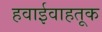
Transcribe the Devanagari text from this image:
हवाईवाहतूक